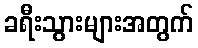
ခရီးသွားများအတွက်